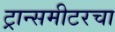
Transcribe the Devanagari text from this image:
ट्रान्समीटरचा